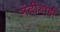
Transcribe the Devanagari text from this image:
मंदीचाही